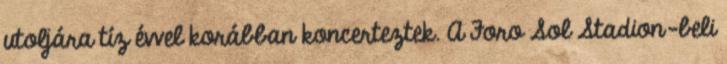
utoljára tíz évvel korábban koncerteztek. A Foro Sol Stadion-beli